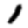
Digit: 1